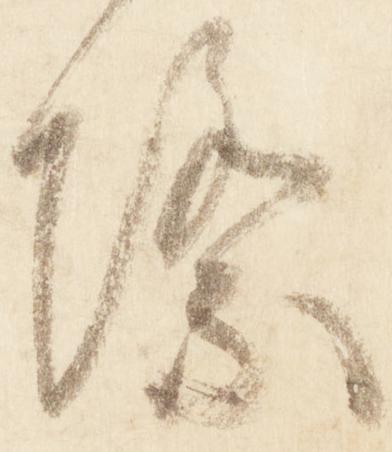
際